Report on plague and inoculation in the Punjab from October 1st ... to September 30th..., being the ... season of plague in the province
Disease focus: Plague
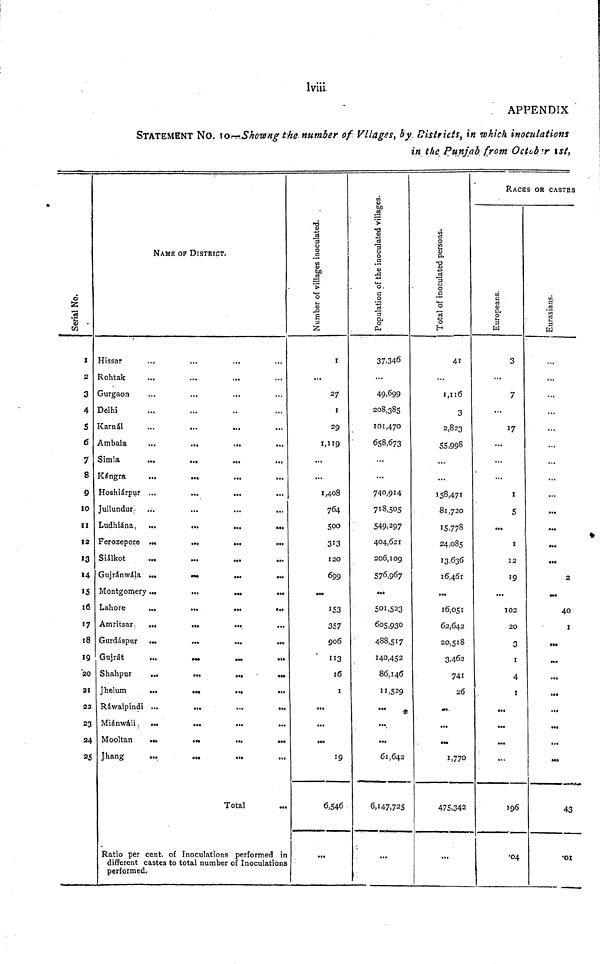
lviii
APPENDIX
STATEMENT NO. 10-Showng the number of Vllages, by Districts, in which inoculations
in the Punjab from October 1st,
Serial No.
1
2
3
4
S
6
7
8
9
10
11
12
13
14
15
16
17
18
19
20
21
22
23
24
25
NAME OF DISTRICT.
Hissar
Rohtak
Gurgaon
Delhi
Karnál
Ambala
...
...
...
...
Simla
...
...
...
Kángra
...
...
Hoshiárpur ...
...
...
Jullundur-
Ludhiána
...
...
...
...
Ferozepore ...
...
...
...
Siálkot
Gujránwála ...
...
...
...
Montgomery...
...
...
...
Lahore
...
...
...
...
Amritsar
...
...
...
Gurdáspur
...
...
...
...
Gujrát
...
Shahpur
...
...
...
Jhelum
...
...
...
...
Ráwalpindi ...
...
...
Miánwáli
...
...
...
...
Mooltan
...
...
...
...
Jhang
...
Total
Ratio per cent. of Inoculations performed in
different castes to total number of Inoculations
performed.
Number of Villages inoculated.
1
...
27
1
29
1,119
...
...
1,408
764
500
313
120
699
153
357
906
113
16
1
...
...
19
6,546
...
Population of the inoculated villages.
37,346
...
49.699
208,385
101,470
658,673
...
...
740,914
718,505
549.297
404,621
206,109
576,967
...
501,523
605,930
488,517
140,452
86,146
11,529
...
61,642
6,147,725
...
Total of inoculated persons.
41
1,116
3
2,823
55,998
...
158,471
81,720
15,778
24,085
13,636
16,461
...
16,051
62,642
20,518
3,462
741
26
...
...
1,770
475,342
...
RACES OR CASTES
Europeans.
3
...
7
17
I
5
...
1
12
19
...
102
20
3
1
4
1
...
...
...
...
196
•04
Eurasians.
...
...
...
...
...
...
...
...
...
...
2
40
I
••<
...
...
...
...
...
43
.01